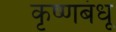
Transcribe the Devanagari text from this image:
कृष्णबंधू